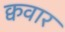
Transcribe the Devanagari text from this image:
क्ववार